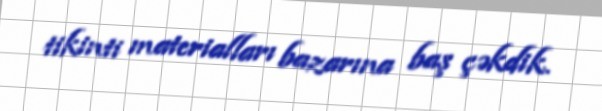
tikinti materialları bazarına baş çəkdik.